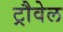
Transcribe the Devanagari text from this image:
ट्रौवेल